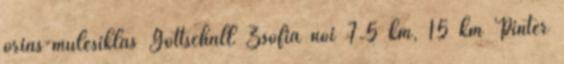
óriás-műlesiklás Gottschall Zsófia női 7.5 km, 15 km Pintér